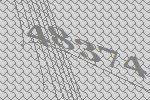
48374